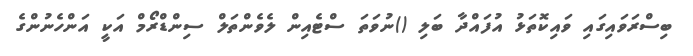
ބިސްރަވައިގައި ވައިކޮތަޅު އުފައްދާ ބަލި ()ނުވަތަ ސްޓެއިން ލެވެންތަލް ސިންޑްރޯމް އަކީ އަންހެނުންގެ